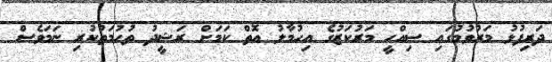
ދަރިފުޅު މަރުވުމުގައި ސިއްހީ މަރުކަޒުގެ އިހުމާލު އޮތް ކަމަށް ރަޝީދު ތުހުމަތުކުރި ނަމަވެސް